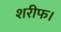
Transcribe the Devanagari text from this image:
शरीफ।